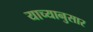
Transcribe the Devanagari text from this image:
याच्यानुसार